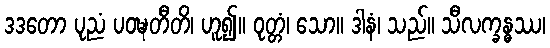
ဒဒတော ပုညံ ပဝဍ္ဎတီတိ၊ ဟူ၍။ ဝုတ္တံ၊ သော။ ဒါနံ၊ သည်။ သီလက္ခန္ဓဿ၊